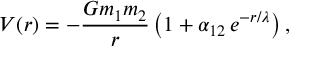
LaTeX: V ( r ) = - \frac { G m _ { 1 } m _ { 2 } } { r } \left( 1 + \alpha _ { 1 2 } \, e ^ { - r / \lambda } \right) ,